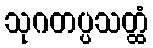
သုဂတပ္ပသတ္ထံ